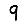
Digit: 9